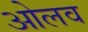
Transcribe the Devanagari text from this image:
ओलव